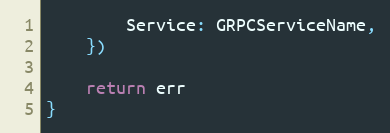
Language: Go
		Service: GRPCServiceName,
	})

	return err
}